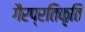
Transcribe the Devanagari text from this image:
गैरप्रतिकृति